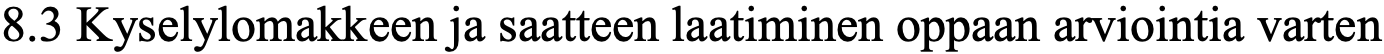
8.3 Kyselylomakkeen ja saatteen laatiminen oppaan arviointia varten